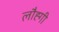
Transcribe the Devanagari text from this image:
लौह्गी